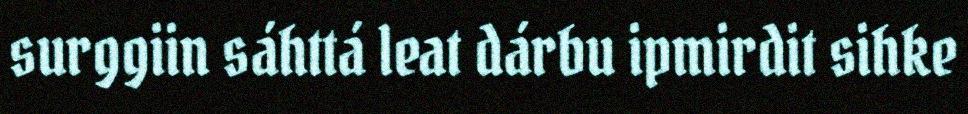
surggiin sáhttá leat dárbu ipmirdit sihke